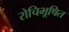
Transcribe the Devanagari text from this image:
रोचिभूषित